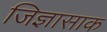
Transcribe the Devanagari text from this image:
जिज्ञासाक